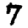
Digit: 7